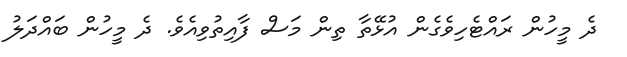
ދެ މީހުން ރައްޓެހިވެގެން އުޅޭތާ ތިން މަސް ފާއިތުވިއެވެ. ދެ މީހުން ބައްދަލު